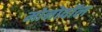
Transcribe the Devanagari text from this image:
मोनोवॉल